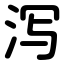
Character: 泻